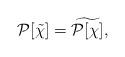
LaTeX: \begin{align*}\mathcal{P}[\tilde \chi]=\widetilde{\mathcal{P}[\chi]},\end{align*}